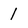
Character: 1